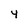
Character: 4